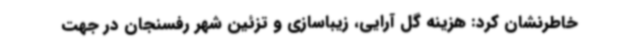
خاطرنشان کرد: هزینه گل آرایی، زیباسازی و تزئین شهر رفسنجان در جهت